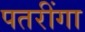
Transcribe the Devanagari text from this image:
पतरींगा